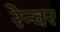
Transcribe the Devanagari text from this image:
रेन्वर